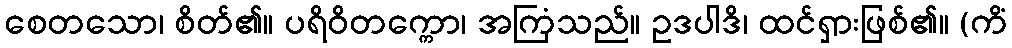
စေတသော၊ စိတ်၏။ ပရိဝိတက္ကော၊ အကြံသည်။ ဥဒပါဒိ၊ ထင်ရှားဖြစ်၏။ (ကိံ